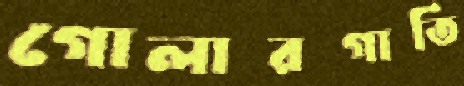
গোলারগাতি